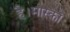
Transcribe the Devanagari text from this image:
है।मास्को